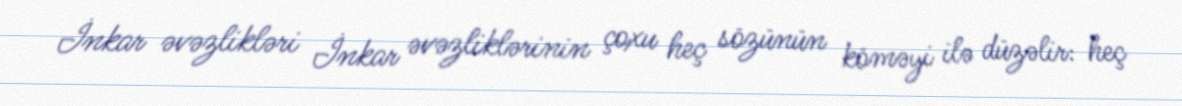
İnkar əvəzlikləri İnkar əvəzliklərinin çoxu heç sözünün köməyi ilə düzəlir: heç